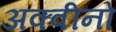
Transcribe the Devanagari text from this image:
अक्वीनो